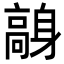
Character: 𩫙